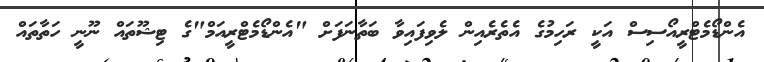
އެންޑޯމެޓްރީއޯސިސް އަކީ ރަހިމުގެ އެތެރެއިން ލެވިފައިވާ ބަތާނަފަށް "އެންޑޯމެޓްރީއަމް"ގެ ޓިޝޫތައް ނޫނީ ހަތާތައް